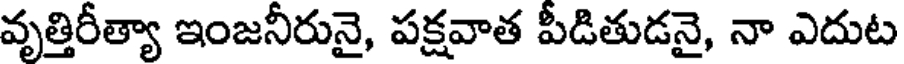
వృత్తిరీత్యా ఇంజనీరునై, పక్షవాత పీడితుడనై, నా ఎదుట